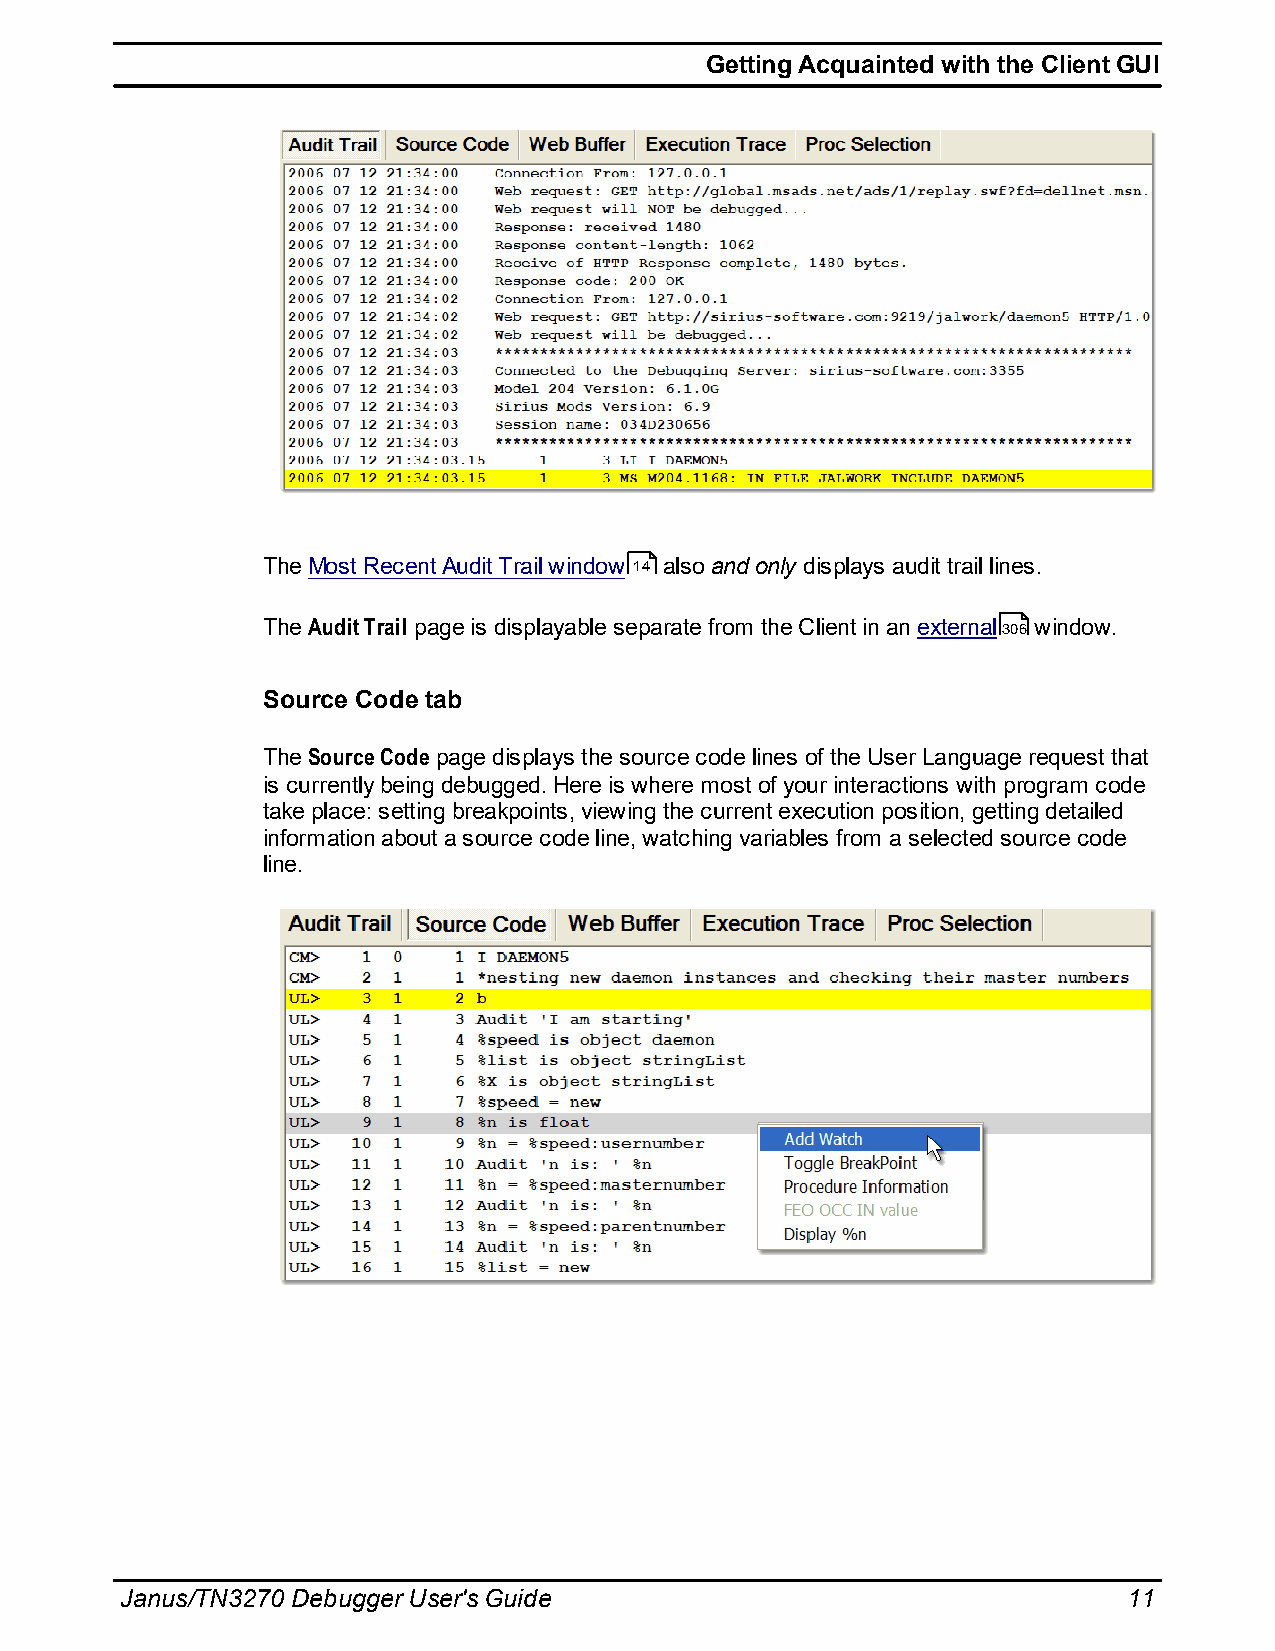
Getting Acquainted with the Client GUI
 The Most Recent Audit Trail window 14 also and only displays audit trail lines.
 The Audit Trail page is displayable separate from the Client in an external306 window.
 Source Code tab
 The Source Code page displays the source code lines of the User Language request that
 is currently being debugged. Here is where most of your interactions with program code
 take place: setting breakpoints, viewing the current execution position, getting detailed
 information about a source code line, watching variables from a selected source code
 line.
 Janus/TN3270 Debugger User's Guide                                 11